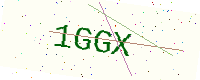
Text: 1GGX